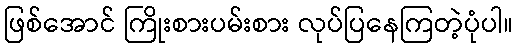
ဖြစ်အောင် ကြိုးစားပမ်းစား လုပ်ပြနေကြတဲ့ပုံပါ။